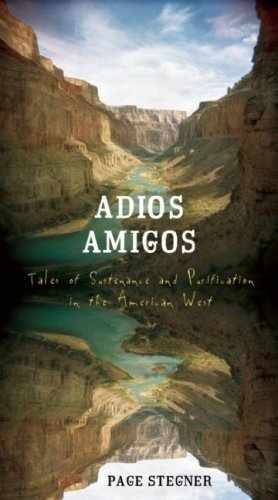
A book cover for Adios Amigos: Tales of Sustenance and Purification in the American West; Page Stegner; Sports & Outdoors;